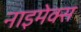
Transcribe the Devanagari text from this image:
नाइमेक्स